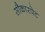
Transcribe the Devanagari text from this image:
सौकारपेट